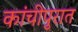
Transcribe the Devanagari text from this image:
कांचीपुरात